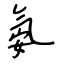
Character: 氨